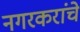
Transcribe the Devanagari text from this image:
नगरकरांचे